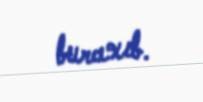
buraxıb.